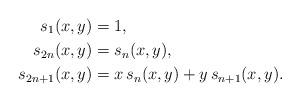
LaTeX: \begin{align*}s_1(x,y)&=1,\\s_{2n}(x,y)&=s_n(x,y),\\s_{2n+1}(x,y)&=x\,s_n(x,y)+y\,s_{n+1}(x,y).\end{align*}